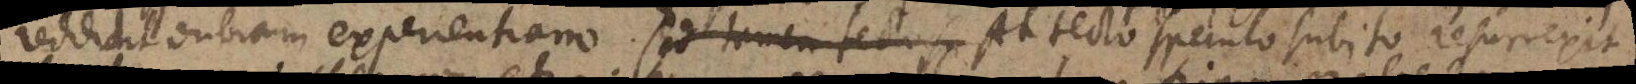
reddidit dubiam experientiam. Sed tamen tecto sp At tecto speculo subito resurrexit